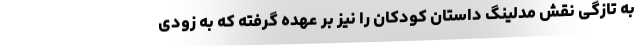
به تازگی نقش مدلینگ داستان کودکان را نیز بر عهده گرفته که به زودی